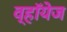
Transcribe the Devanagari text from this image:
व्हॉयेज